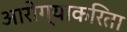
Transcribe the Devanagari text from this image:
आरोग्याकरिता